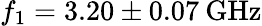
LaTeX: f_{1}=3.20\pm 0.07\: \mathrm{GHz}